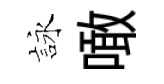
詠噉